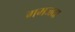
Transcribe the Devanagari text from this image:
गमजदा